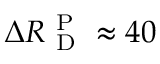
\Delta R _ { \mathrm { ~ D ~ } } ^ { \mathrm { ~ P ~ } } \approx 4 0